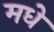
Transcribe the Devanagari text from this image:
मधे